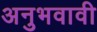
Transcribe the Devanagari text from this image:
अनुभवावी